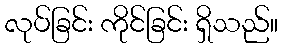
လုပ်ခြင်း ကိုင်ခြင်း ရှိသည်။